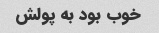
خوب بود به پولش